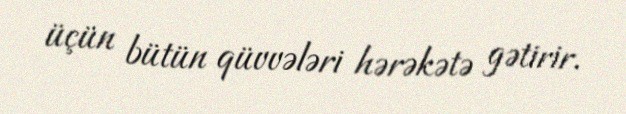
üçün bütün qüvvələri hərəkətə gətirir.